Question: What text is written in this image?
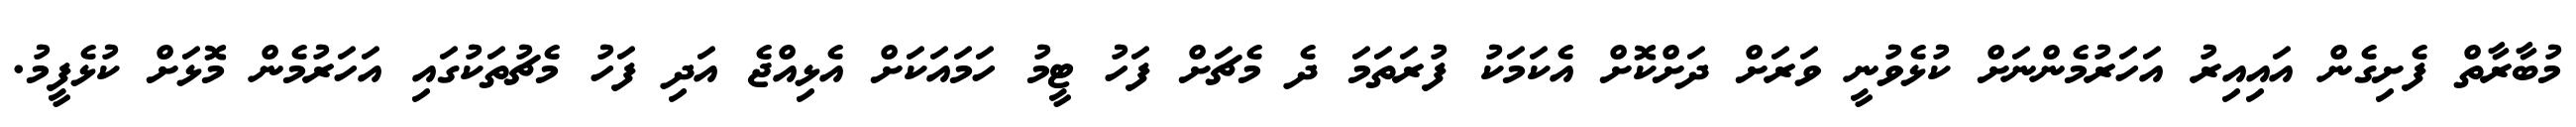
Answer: މުބާރާތް ފެށިގެން އައިއިރު އަހަރުމެންނަށް ކުޅެވުނީ ވަރަށް ދަށްކޮށް އެކަމަކު ފުރަތަމަ ދެ މެޗަށް ފަހު ޓީމު ހަމައަކަށް އެޅިއްޖެ އަދި ފަހު މެޗުތަކުގައި އަހަރުމެން މޮޅަށް ކުޅެފީމު.